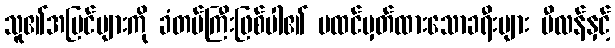
သူ၏အမြင်များကို ခံတပ်ကြီးဖြစ်ပါ၏ မထင်မှတ်ထားသောခရီးများ မီလန်နှင့်